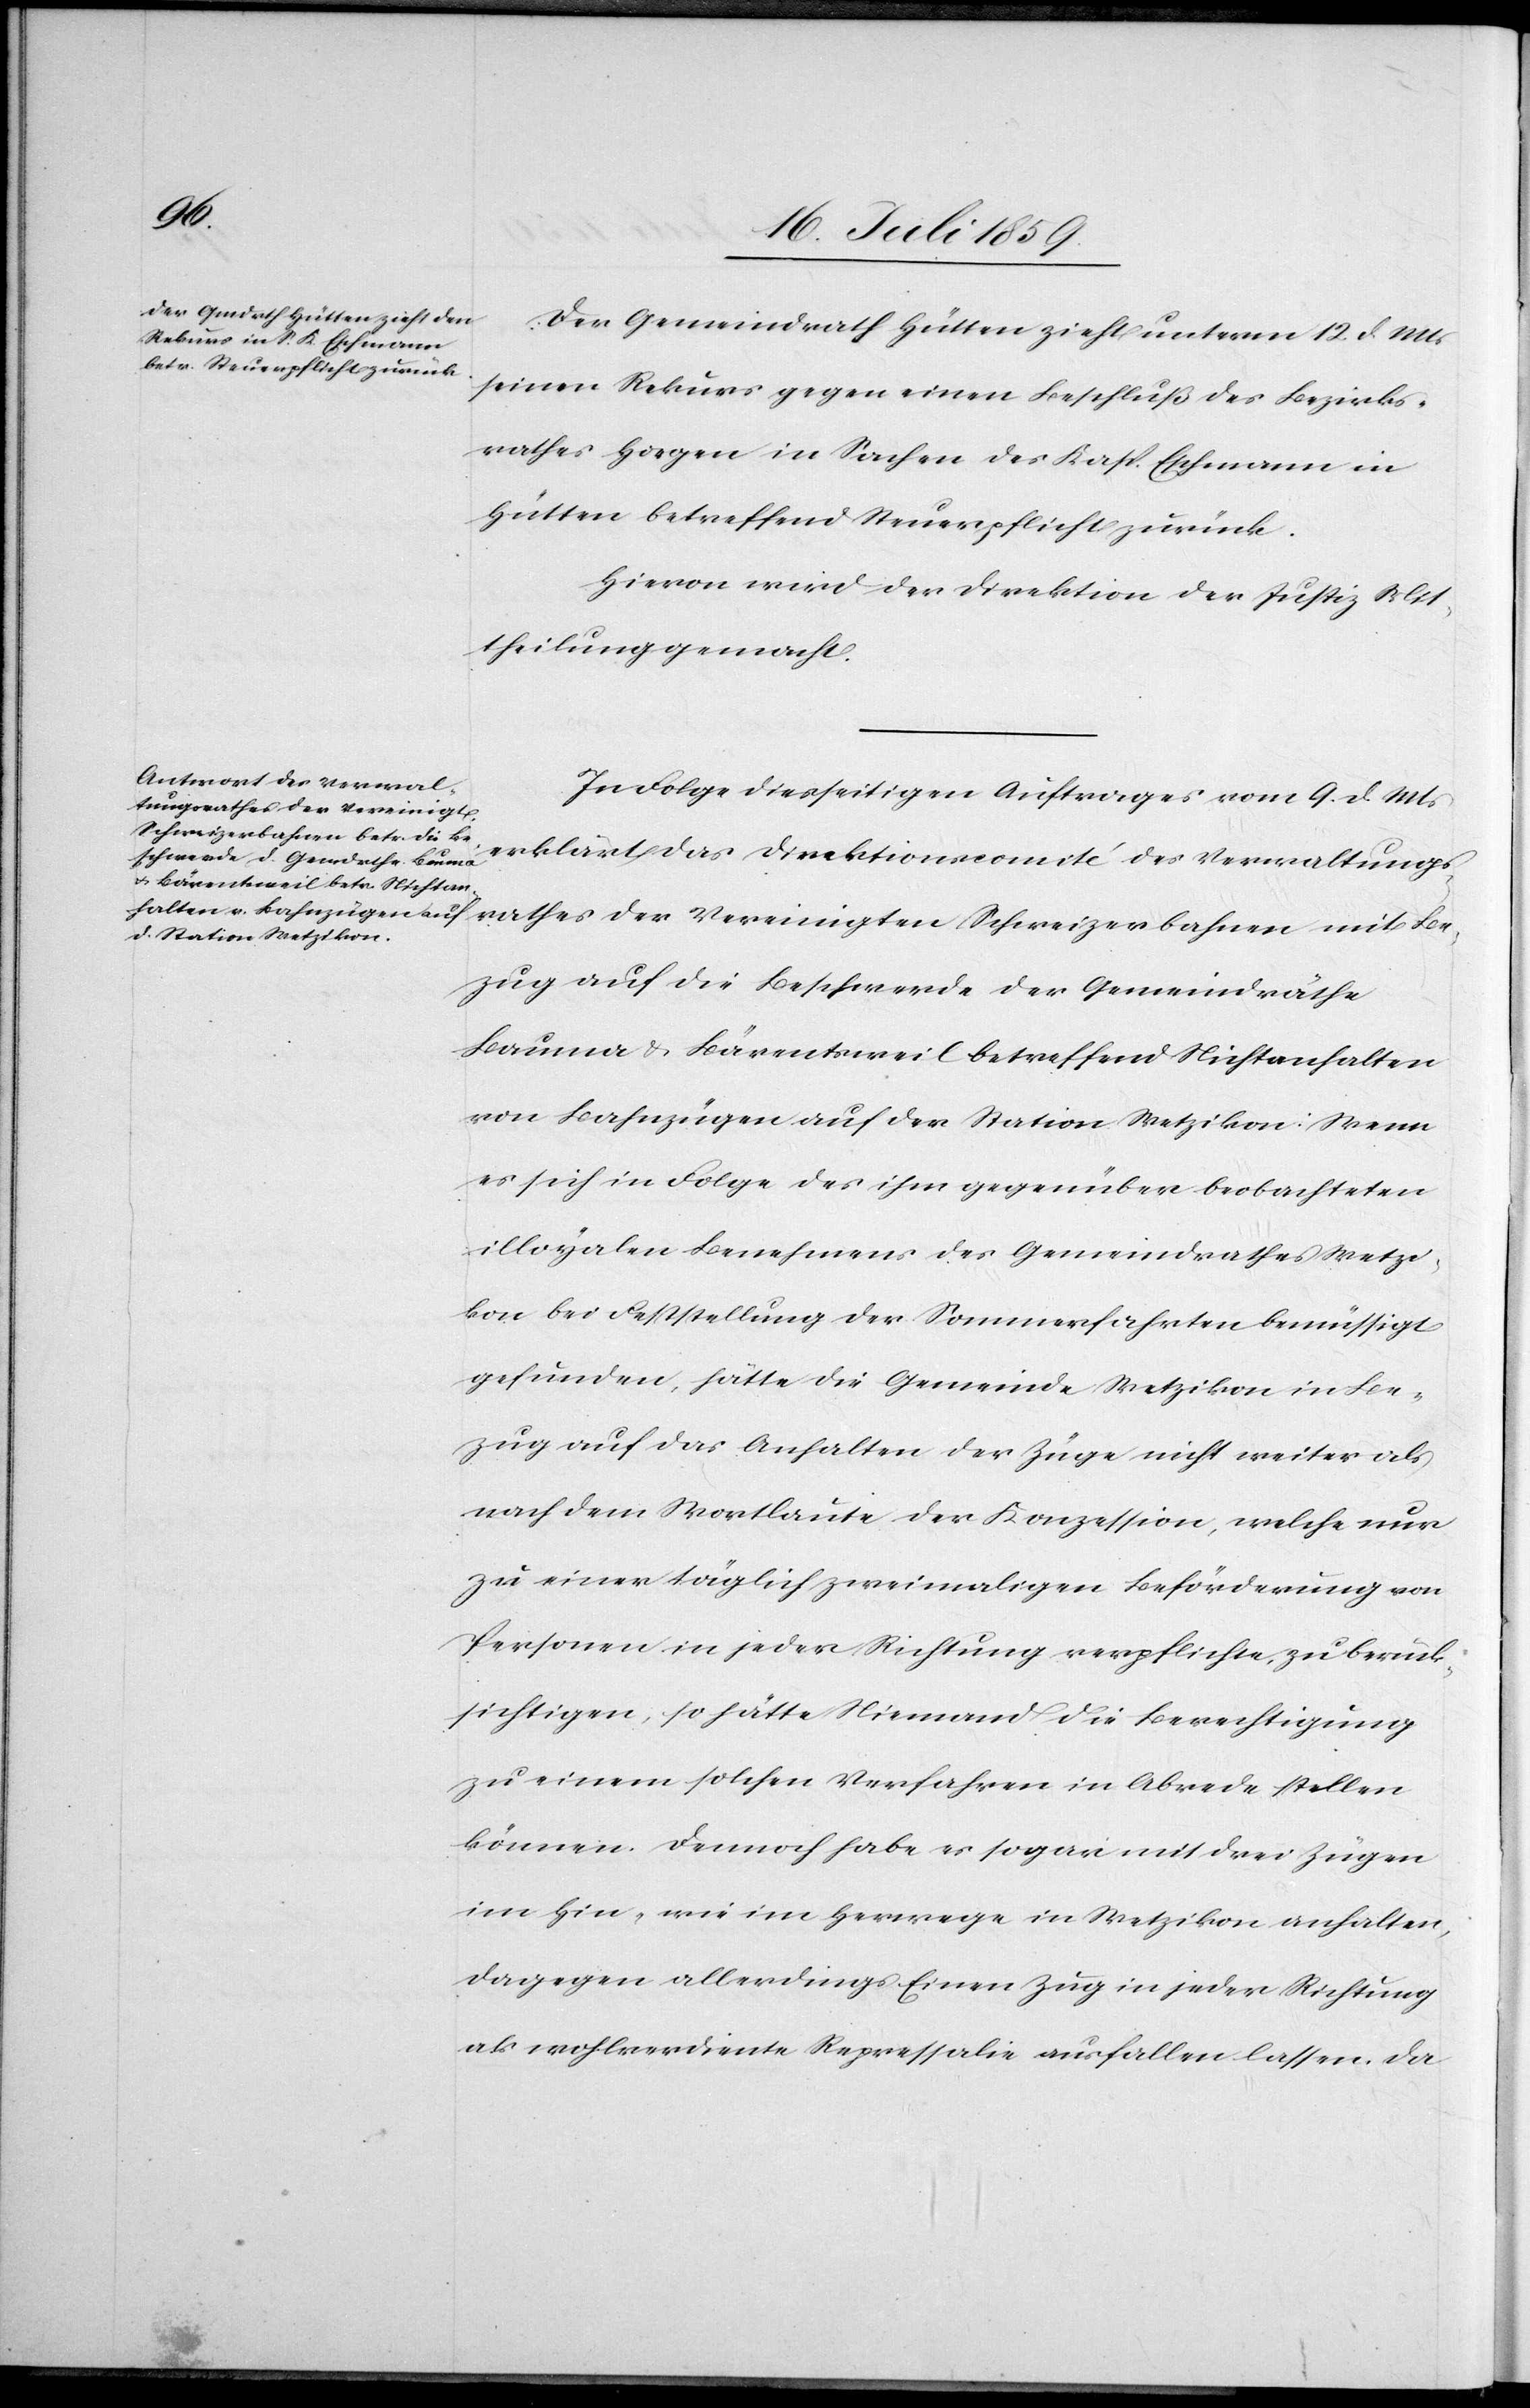
Be¬
Der Gemeindrath Hütten zieht unterm 12. d. Mts.
seinen Rekurs gegen einen Beschluß des Bezirks¬
rathes Horgen in Sachen des Kasp. Eschmann in
Hütten betreffend Steuerpflicht zurück.
Hievon wird der Direktion der Justiz Mit¬
theilung gemacht.
In Folge diesseitigen Auftrages vom 9. d. Mts.
erklärt das Direktionscomité des Verwaltungs¬
zug auf die Beschwerde der Gemeindräthe
Bauma u. Bärentsweil betreffend Nichtanhalten
von Bahnzügen auf der Station Wetzikon: Wenn
es sich in Folge des ihm gegenüber beobachteten
illoyalen Benehmens des Gemeindrathes Wetzi¬
kon bei Feststellung der Sommerfahrten bemüssigt
gefunden, hätte die Gemeinde Wetzikon in Be¬
zug auf das Anhalten der Züge nicht weiter als
nach dem Wortlaute der Konzession, welche nur
zu einer täglich zweimaligen Beförderung von
Personen in jeder Richtung verpflichtet zu berück¬
sichtigen, so hätte Niemand die Berechtigung
zu einem solchen Verfahren in Abrede stellen
können. Dennoch habe es sogar mit drei Zügen
im Hin- wie im Herwege in Wetzikon anhalten,
dagegen allerdings Einen Zug in jeder Richtung
als wohlverdiente Repressalie ausfallen lassen. Da